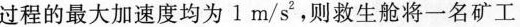
过程的最大加速度均为1m/s^{2}，则救生舱将一名矿工